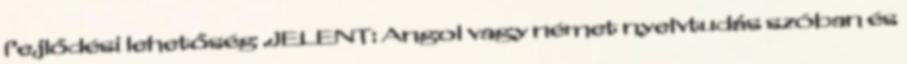
fejlődési lehetőség .JELENT: Angol vagy német nyelvtudás szóban és